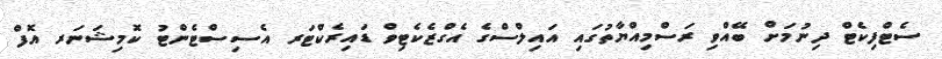
ސެޓްފިކެޓް ދިނުމަށް ބޭއްވި ރަސްމިއްޔާތުގައި އައިލްސްގެ އެގްޒެކެޓިވް ޑައިރެކްޓަރ އެސިސްޓެންޓު ކޮމިޝަނަރ އޮފް